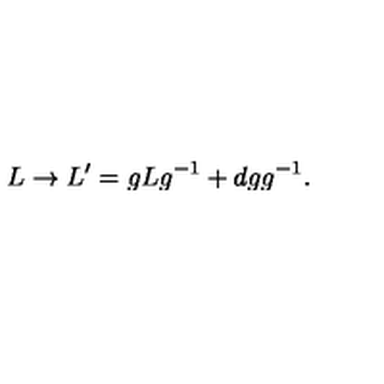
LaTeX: L \rightarrow L ^ { \prime } = g L g ^ { - 1 } + d g g ^ { - 1 } .